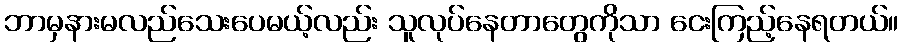
ဘာမှနားမလည်သေးပေမယ့်လည်း သူလုပ်နေတာတွေကိုသာ ငေးကြည့်နေရတယ်။